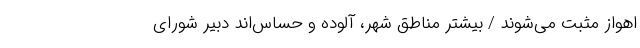
اهواز مثبت می‌شوند / بیشتر مناطق شهر، آلوده و حساس‌اند دبیر شورای